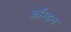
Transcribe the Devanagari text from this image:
काँग्डन